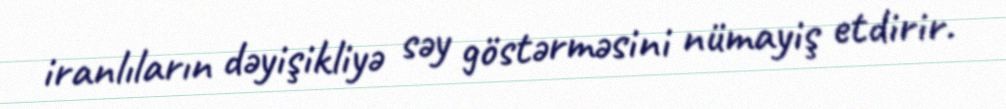
iranlıların dəyişikliyə səy göstərməsini nümayiş etdirir.